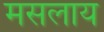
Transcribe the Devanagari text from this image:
मसलाय